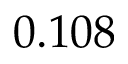
0 . 1 0 8